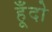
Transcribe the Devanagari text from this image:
हूँदो